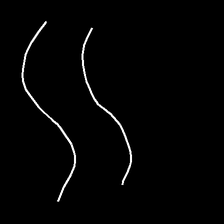
Glyph: float